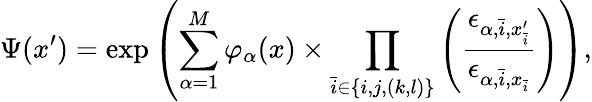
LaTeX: \Psi(x^{\prime})=\exp\left(\sum_{\alpha=1}^{M}\varphi_{\alpha}(x)\times\prod_{\bar{i}\in\{ i,j,(k,l)\} }\left(\frac{\epsilon_{\alpha,\bar{i},x_{\bar{i}}^{\prime}}}{\epsilon_{\alpha,\bar{i},x_{\bar{i}}}}\right)\right),